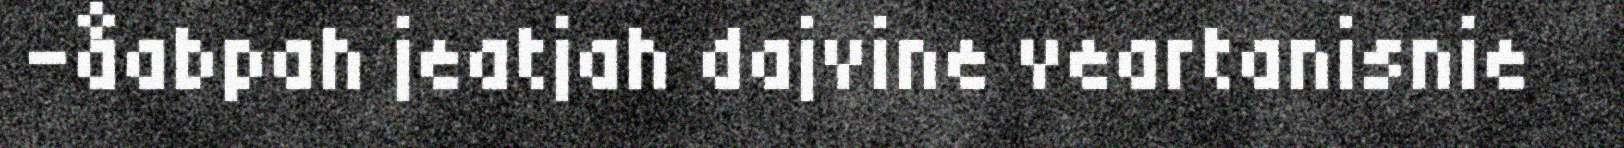
-åabpah jeatjah dajvine veartanisnie